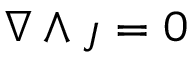
\nabla \wedge \j = 0